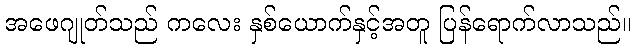
အဖေဂျုတ်သည် ကလေး နှစ်ယောက်နှင့်အတူ ပြန်ရောက်လာသည်။